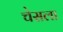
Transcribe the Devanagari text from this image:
चेसला